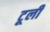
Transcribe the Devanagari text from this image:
टूली